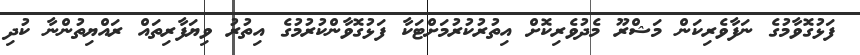
ފަޅުގޮވާމުގެ ނަފާވެރިކަން މަޝްރޫ މެދުވެރިކޮށް އިތުރުކުރުމަށްޓަކާ ފަޅުގޮވާންކުރުމުގެ އިތުރު ވިޔަފާރިތައް ރައްޔިތުންނާ ކުދި